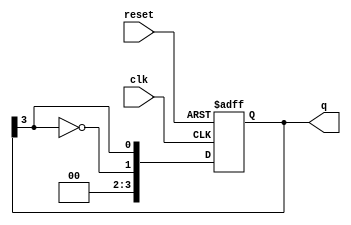
module modified_johnson_counter #(
    parameter N = 4 // Number of flip-flops (n)
)(
    input wire clk,          // Clock input
    input wire reset,        // Asynchronous reset input
    output reg [N-1:0] q     // Output state
);

    // Always block triggered on the clock edge or reset
    always @(posedge clk or posedge reset) begin
        if (reset) begin
            // Asynchronous reset: initialize the counter to 0
            q <= 0;
        end else begin
            // Modified Johnson Counter logic
            // Shift right and feed inverted last flip-flop output to the first flip-flop
            q <= {~q[N-1], q[N-1:N-1]}; // Shift and feedback inverted last flip-flop
        end
    end

endmodule